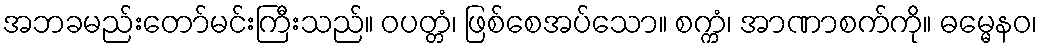
အဘခမည်းတော်မင်းကြီးသည်။ ဝပတ္တံ၊ ဖြစ်စေအပ်သော။ စက္ကံ၊ အာဏာစက်ကို။ ဓမ္မေနဝ၊